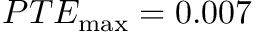
P T E _ { \mathrm { m a x } } = 0 . 0 0 7